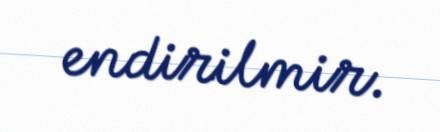
endirilmir.